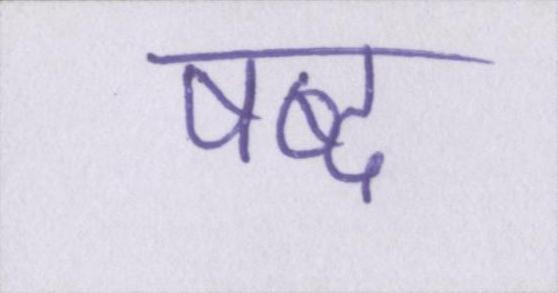
षब्द